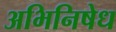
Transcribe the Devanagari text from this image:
अभिनिषेध